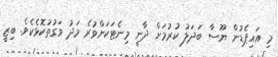
މި އައިޕެޑުން ޔޫސާ ބަދަލު ކުރުމަށް ދާނީ މިނެޓަކަށްވުރެ މަދު ވަގުތުކޮޅެކެވެ. ބިޒީ